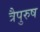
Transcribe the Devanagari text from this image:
त्रैपुरुष